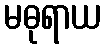
မဓုရာယ